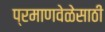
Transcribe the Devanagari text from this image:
प्रमाणवेळेसाठी